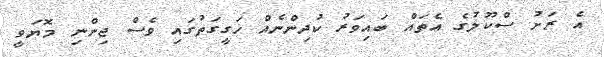
އެ ރަށު ސްކޫލުގެ އެތައް ބައިވަރު ކުދިންނެއް ހަގީގަތުގައި ވެސް ޖިންނި މޮޔަވީ